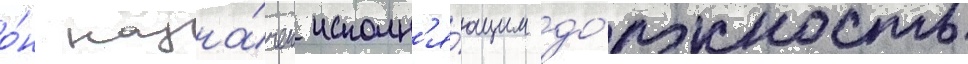
о́н назна́чен исполн'я́ющим до́лжность